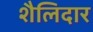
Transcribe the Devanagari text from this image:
शैलिदार